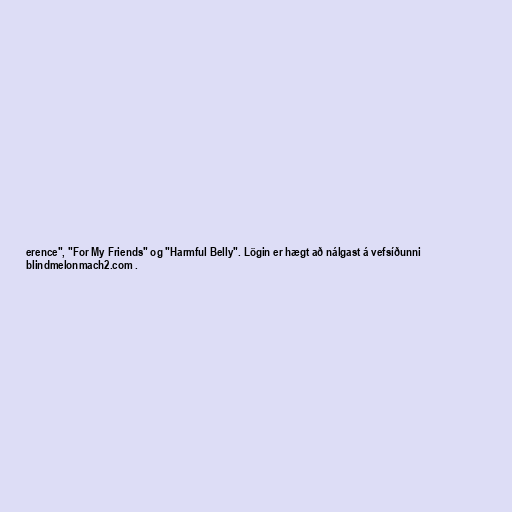
erence", "For My Friends" og "Harmful Belly". Lögin er hægt að nálgast á vefsíðunni
blindmelonmach2.com .